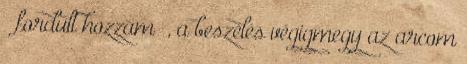
– fordult hozzám –, a beszélés végigmegy az arcom